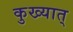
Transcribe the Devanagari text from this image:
कुख्यात्